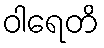
ဝါရေတိ